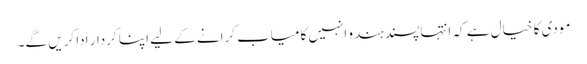
مودی کا خیال ہے کہ انتہا پسند ہندو انہیں کامیاب کرانے کے لیے اپنا کردار ادا کریں گے۔